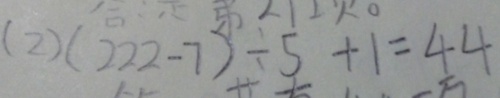
( 2 ) ( 2 2 2 - 7 ) \div 5 + 1 = 4 4